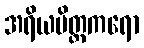
အရိယမိတ္တကရော